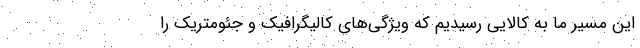
این مسیر ما به کالایی رسیدیم که ویژگی‌های کالیگرافیک و جئومتریک را